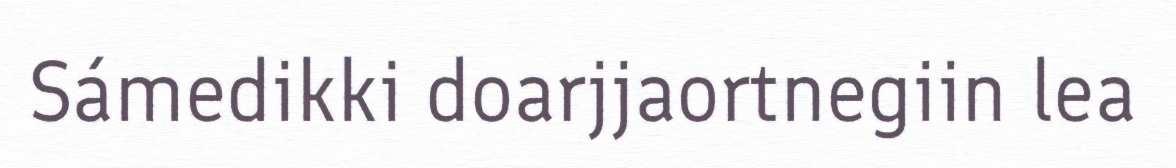
Sámedikki doarjjaortnegiin lea